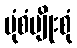
ပုံစံမျိုးစုံ